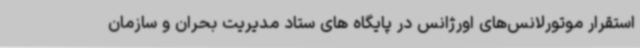
استقرار موتورلانس‌های اورژانس در پایگاه های ستاد مدیریت بحران و سازمان